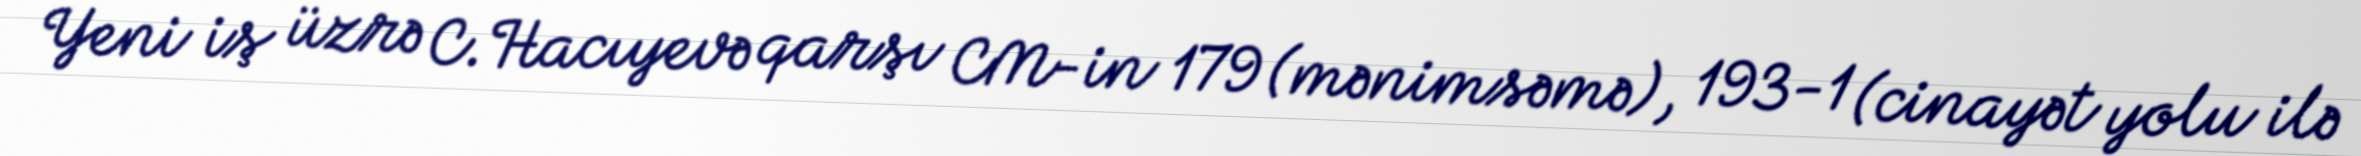
Yeni iş üzrə C.Hacıyevə qarşı CM-in 179 (mənimsəmə), 193-1 (cinayət yolu ilə